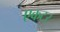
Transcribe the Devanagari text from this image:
एकटर